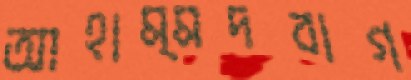
আহাম্মদবাগ